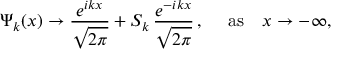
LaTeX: \Psi _ { k } ( x ) \rightarrow \frac { e ^ { i k x } } { \sqrt { 2 \pi } } + S _ { k } \, \frac { e ^ { - i k x } } { \sqrt { 2 \pi } } \, , ~ ~ ~ ~ \mathrm { a s } ~ ~ ~ x \rightarrow - \infty ,